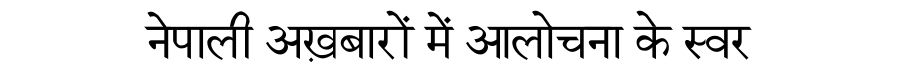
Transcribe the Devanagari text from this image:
नेपाली अख़बारों में आलोचना के स्वर